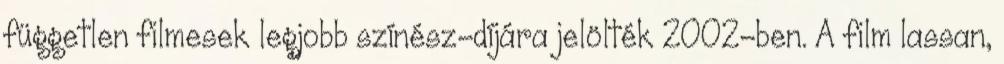
független filmesek legjobb színész-díjára jelölték 2002-ben. A film lassan,